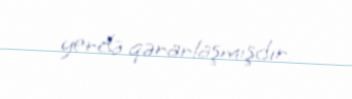
yerdə qərarlaşmışdır.